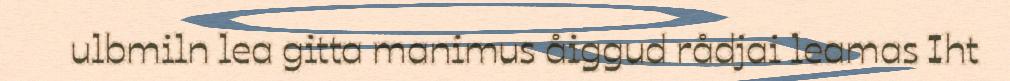
ulbmiln lea gitta manimus åiggud rådjai leamas Iht